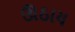
ઊઠાય